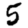
Digit: 5